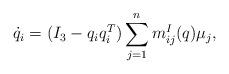
LaTeX: \begin{align*}\dot q_i = (I_3-q_iq_i^T) \sum_{j=1}^n m^I_{ij}(q) \mu_j,\end{align*}